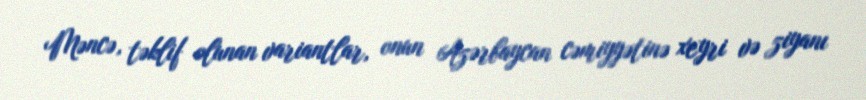
Məncə, təklif olunan variantlar, onun Azərbaycan cəmiyyətinə xeyri və ziyanı